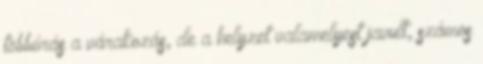
többórás a várakozás, de a helyzet valamelyest javult, számos